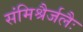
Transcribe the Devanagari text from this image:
संमिश्रैर्जलैः